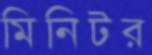
মিনিটর